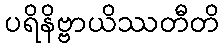
ပရိနိဗ္ဗာယိဿတီတိ